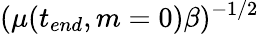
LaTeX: (\mu(t_{end},m=0)\beta)^{-1/2}